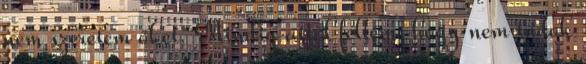
nem szeretem őket. Mindig attól féltem, hogy nem tudok